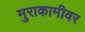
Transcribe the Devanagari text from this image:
मुराकामीवर